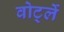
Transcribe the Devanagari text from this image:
वोर्ट्ले